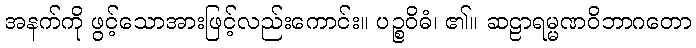
အနက်ကို ဖွင့်သောအားဖြင့်လည်းကောင်း။ ပဉ္စဝိဓံ၊ ၏။ ဆဠာရမ္မဏဝိဘာဂတော